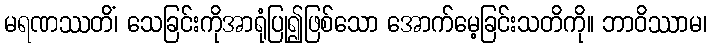
မရဏဿတိံ၊ သေခြင်းကိုအာရုံပြု၍ဖြစ်သော အောက်မေ့ခြင်းသတိကို။ ဘာဝိဿာမ၊